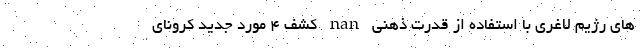
های رژیم لاغری با استفاده از قدرت ذهنی nan کشف ۴ مورد جدید کرونای